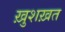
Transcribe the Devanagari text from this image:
ख़ुशख़त